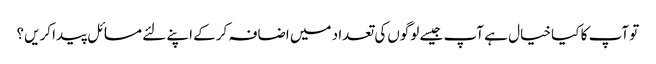
تو آپ کا کیا خیال ہے آپ جیسے لوگوں‌کی تعداد میں اضافہ کرکے اپنے لئے مسائل پیدا کریں؟